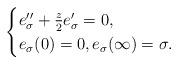
LaTeX: \begin{align*}\begin{cases} e''_\sigma+\frac{z}{2}e'_\sigma=0,\\ e_\sigma(0)=0,e_\sigma(\infty)=\sigma.\end{cases}\end{align*}